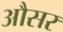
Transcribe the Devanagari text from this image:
औसर